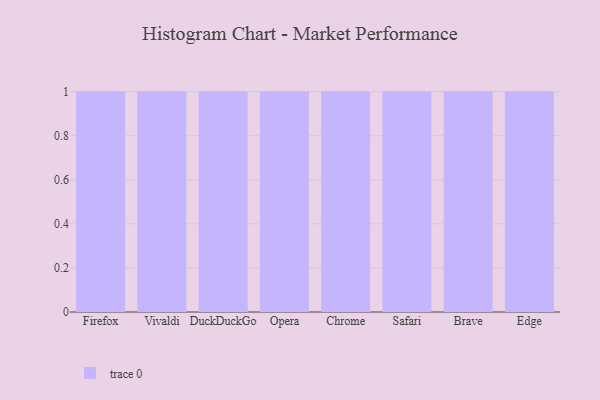
{"axis": {"x": "Browser", "y": "Population (Million)"}, "legend": [""], "data": [{"x": "Firefox", "y": 54, "type": ""}, {"x": "Vivaldi", "y": 89, "type": ""}, {"x": "DuckDuckGo", "y": 46, "type": ""}, {"x": "Opera", "y": 90, "type": ""}, {"x": "Chrome", "y": 5, "type": ""}, {"x": "Safari", "y": 21, "type": ""}, {"x": "Brave", "y": 56, "type": ""}, {"x": "Edge", "y": 74, "type": ""}]}